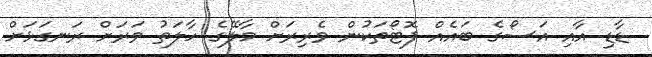
ޑާޑި އާއި އަސޯގެ ބައެއް ފޮޓޯތަކުން ވެރިރަށް މާލޭގެ ހާލަތު ވަރަށް ރަނގަޅަށް